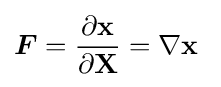
{\boldsymbol {F}}={\frac {\partial \mathbf {x} }{\partial \mathbf {X} }}=\nabla \mathbf {x} ~